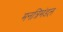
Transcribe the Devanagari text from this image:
मनत्रिमंडल